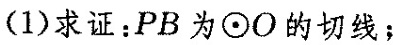
(1)求证：PB为⊙O的切线；